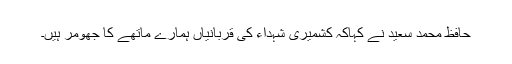
حافظ محمد سعید نے کہاکہ کشمیری شہداء کی قربانیاں ہمارے ماتھے کا جھومر ہیں۔